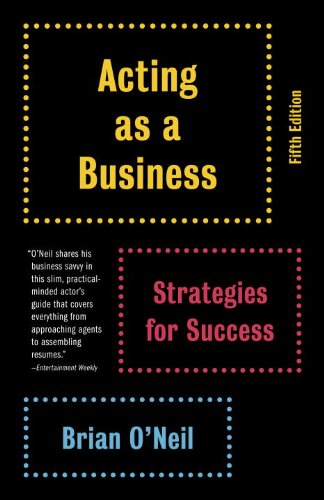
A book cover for Acting as a Business, Fifth Edition: Strategies for Success; Brian O'Neil; Business & Money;